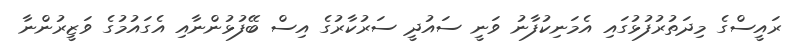
ރައީސްގެ މިދަތުރުފުޅުގައި އެމަނިކުފާނު ވަނީ ސައުދީ ސަރުކާރުގެ އިސް ބޭފުޅުންނާއި އެގައުމުގެ ވަޒީރުންނާ